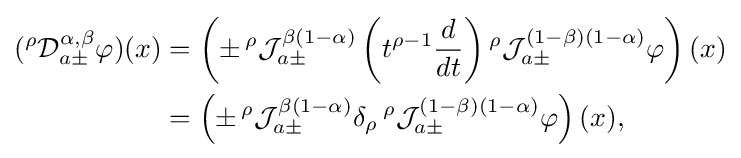
{\begin{aligned}({^{\rho }{\mathcal {D}}_{a\pm }^{\alpha ,\beta }}\varphi )(x)&=\left(\pm \,{^{\rho }{\mathcal {J}}_{a\pm }^{\beta (1-\alpha )}}\left(t^{\rho -1}{\frac {d}{dt}}\right){^{\rho }{\mathcal {J}}_{a\pm }^{(1-\beta )(1-\alpha )}}\varphi \right)(x)\\&=\left(\pm \,{^{\rho }{\mathcal {J}}_{a\pm }^{\beta (1-\alpha )}}\delta _{\rho }\,{^{\rho }{\mathcal {J}}_{a\pm }^{(1-\beta )(1-\alpha )}}\varphi \right)(x),\end{aligned}}